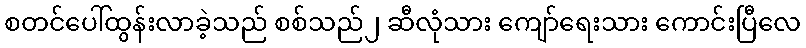
စတင်ပေါ်ထွန်းလာခဲ့သည် စစ်သည်၂ ဆီလုံသား ကျော်ရေးသား ကောင်းပြီလေ